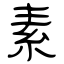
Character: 素